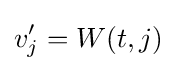
v'_{j}=W(t,j)